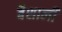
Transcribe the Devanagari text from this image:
बैशाली